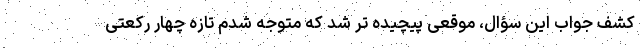
کشف جواب این سؤال، موقعی پیچیده تر شد که متوجه شدم تازه چهار رکعتی